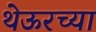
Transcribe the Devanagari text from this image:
थेऊरच्या